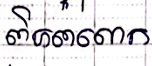
ពិភពលោក